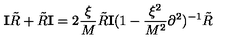
{ \mathbf I } { \tilde { R } } + { \tilde { R } } { \mathbf I } = 2 \frac { \xi } { M } { \tilde { R } } { \mathbf I } ( 1 - \frac { \xi ^ { 2 } } { M ^ { 2 } } \partial ^ { 2 } ) ^ { - 1 } { \tilde { R } }